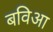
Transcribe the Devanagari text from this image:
बविआ